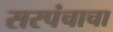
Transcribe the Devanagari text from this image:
सरपंचाचा